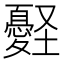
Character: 𢥀